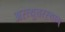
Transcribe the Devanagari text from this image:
अस्त्युत्तरस्याम्